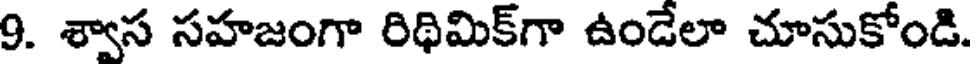
9. శ్వాస సహజంగా రిథిమిక్గా ఉండేలా చూసుకోండి.